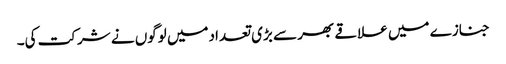
جنازے میں علاقے بھر سے بڑی تعدادمیں لوگوں نے شرکت کی۔